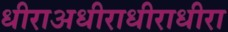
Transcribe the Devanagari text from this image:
धीराअधीराधीराधीरा